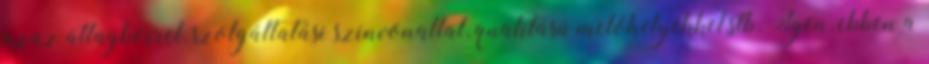
azaz átlagbérrel, szolgáltatási szinvonallal, qualitású melóhelyekkel,stb. Igen, ebben a